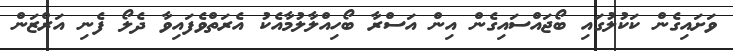
ވަށައިގެން ކަކުލުގައި ބޯޖައްސައިގެން އިން އަސްރާ ބޯހިއްލާލުމާއެކު އެރަތްވެފައިވާ ދެލޯ ފެނި އަރްޒަން